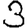
Digit: 3